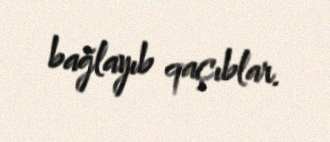
bağlayıb qaçıblar.